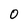
Character: 0